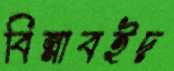
বিন্নাবইদ